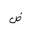
Letter: _dad